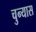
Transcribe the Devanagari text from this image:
चुन्यास